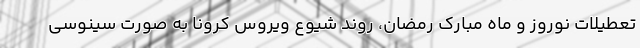
تعطیلات نوروز و ماه مبارک رمضان، روند شیوع ویروس کرونا به صورت سینوسی